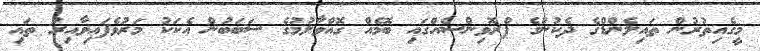
މީގެއިތުރުން ތައިލެންޑްގެ ދެކުނުގެ ޕްރޮވިންސެއްގައި ބޮމެއް ގޮއްވާލުމުގެ ސަބަބުން އެކަކު މަރުވެފައިވާއިރު ތައި